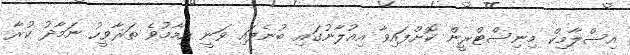
އިސްލާމިކް މިނިސްޓްރީން ކޮށްފައިވާ އިއުލާނުގައި ބުނެފައި ވަނީ އިމާމުވެ ތަރާވީހު ނަމާދު ކުރާ